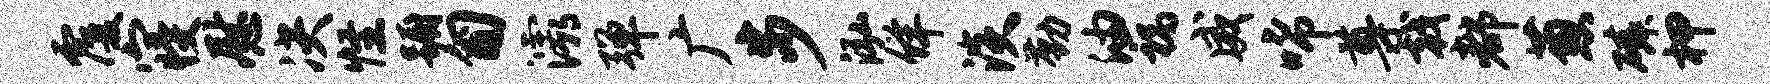
覆寝慰决怪蹰匍灞弹广步泓佯淡勤油祸威唏尊戟都葱磷柙